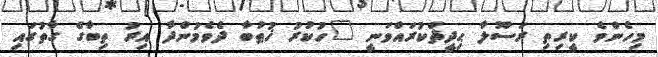
މިހެންވެ ކީރިތި ރަސޫލާ ޙިދީޘްކުރައްވަނީ "ހުކުރު ޚުޠުބާ ދެވެމުންދާ އިރު ތިބާގެ ގާތުގައި